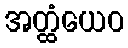
အတ္ထံယေဝ